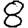
Digit: 8